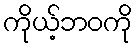
ကိုယ့်ဘဝကို